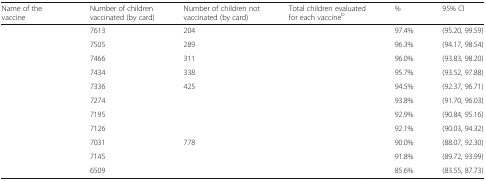
<table><thead><tr><td><b>Name of the vaccine</b></td><td><b>Number of children vaccinated (by card)</b></td><td><b>Number of children not vaccinated (by card)</b></td><td><b>Total children evaluated for each vaccine<sup>b</sup></b></td><td><b>%</b></td><td><b>95% CI</b></td></tr></thead><tbody><tr><td>[EMPTY_CELL]</td><td>7613</td><td>204</td><td>[EMPTY_CELL]</td><td>97.4%</td><td>(95.20, 99.59)</td></tr><tr><td>[EMPTY_CELL]</td><td>7505</td><td>289</td><td>[EMPTY_CELL]</td><td>96.3%</td><td>(94.17, 98.54)</td></tr><tr><td>[EMPTY_CELL]</td><td>7466</td><td>311</td><td>[EMPTY_CELL]</td><td>96.0%</td><td>(93.83, 98.20)</td></tr><tr><td>[EMPTY_CELL]</td><td>7434</td><td>338</td><td>[EMPTY_CELL]</td><td>95.7%</td><td>(93.52, 97.88)</td></tr><tr><td>[EMPTY_CELL]</td><td>7336</td><td>425</td><td>[EMPTY_CELL]</td><td>94.5%</td><td>(92.37, 96.71)</td></tr><tr><td>[EMPTY_CELL]</td><td>7274</td><td>[EMPTY_CELL]</td><td>[EMPTY_CELL]</td><td>93.8%</td><td>(91.70, 96.03)</td></tr><tr><td>[EMPTY_CELL]</td><td>7195</td><td>[EMPTY_CELL]</td><td>[EMPTY_CELL]</td><td>92.9%</td><td>(90.84, 95.16)</td></tr><tr><td>[EMPTY_CELL]</td><td>7126</td><td>[EMPTY_CELL]</td><td>[EMPTY_CELL]</td><td>92.1%</td><td>(90.03, 94.32)</td></tr><tr><td>[EMPTY_CELL]</td><td>7031</td><td>778</td><td>[EMPTY_CELL]</td><td>90.0%</td><td>(88.07, 92.30)</td></tr><tr><td>[EMPTY_CELL]</td><td>7145</td><td>[EMPTY_CELL]</td><td>[EMPTY_CELL]</td><td>91.8%</td><td>(89.72, 93.99)</td></tr><tr><td>[EMPTY_CELL]</td><td>6509</td><td>[EMPTY_CELL]</td><td>[EMPTY_CELL]</td><td>85.6%</td><td>(83.55, 87.73)</td></tr></tbody></table>